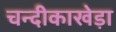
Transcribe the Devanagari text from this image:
चन्दीकाखेड़ा